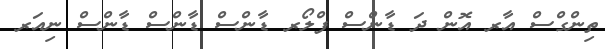
ތިންގްސް އާރ އޮން ދަ ޑާންސް ފްލޯރ ޑާންސް ޑާންސް ޑާންސް ނިއަރ